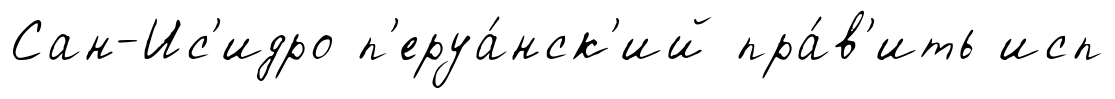
Сан-Ис'идро п'еруа́нск'ий пра́в'ить исп